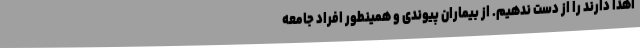
اهدا دارند را از دست ندهیم. از بیماران پیوندی و همینطور افراد جامعه